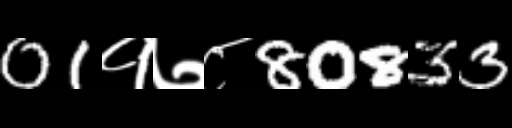
Text: 01१७८80833